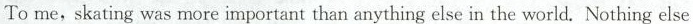
To me, skating was more important than anything else in the world. Nothing else